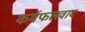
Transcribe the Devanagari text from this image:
कर्मफलवाद